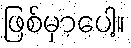
ဖြစ်မှာပေါ့။